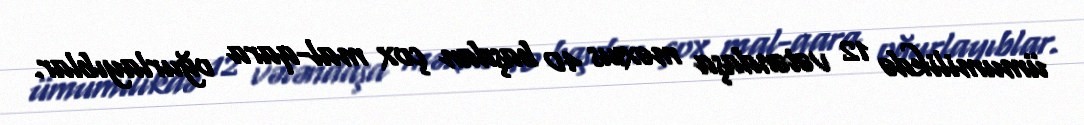
ümumilikdə 12 vətəndaşa məxsus 40 başdan çox mal-qara oğurlayıblar.